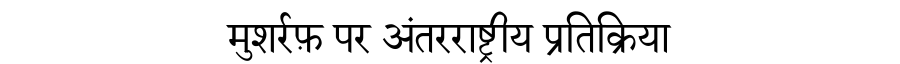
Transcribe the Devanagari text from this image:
मुशर्रफ़ पर अंतरराष्ट्रीय प्रतिक्रिया